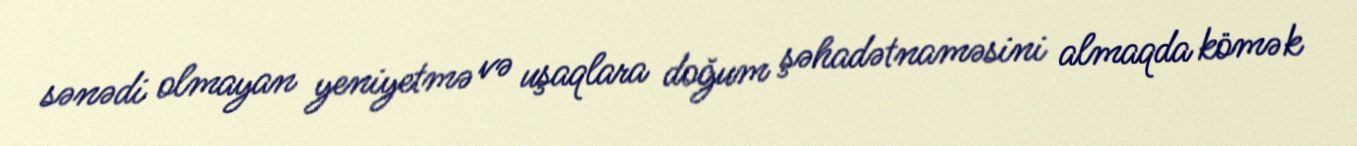
sənədi olmayan yeniyetmə və uşaqlara doğum şəhadətnaməsini almaqda kömək